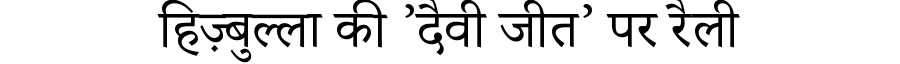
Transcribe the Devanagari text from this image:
हिज़्बुल्ला की ’दैवी जीत’ पर रैली